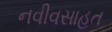
નવીવસાહત